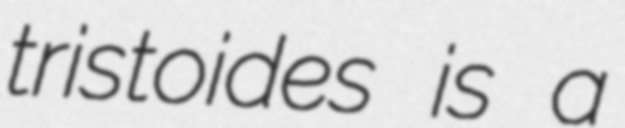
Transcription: tristoides is a